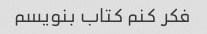
فکر کنم کتاب بنویسم